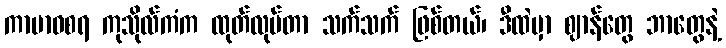
ကာမာဝစရ ကုသိုလ်ကံက ထုတ်လုပ်တာ သက်သက် ဖြစ်တယ်၊ ဒီထဲမှာ ဈာန်တွေ ဘာတွေနဲ့